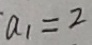
a _ { 1 } = 2